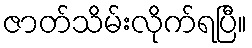
ဇာတ်သိမ်းလိုက်ရပြီ။